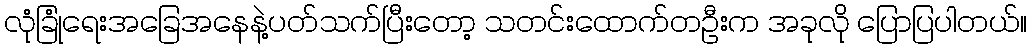
လုံခြုံရေးအခြေအနေနဲ့ပတ်သက်ပြီးတော့ သတင်းထောက်တဦးက အခုလို ပြောပြပါတယ်။